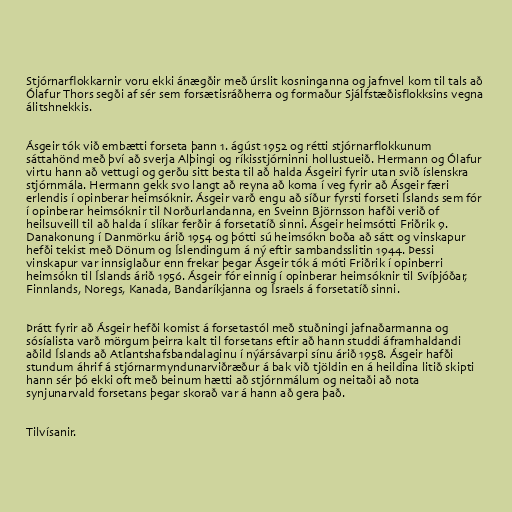
Stjórnarflokkarnir voru ekki ánægðir með úrslit kosninganna og jafnvel kom til tals að
Ólafur Thors segði af sér sem forsætisráðherra og formaður Sjálfstæðisflokksins vegna
álitshnekkis.

Ásgeir tók við embætti forseta þann 1. ágúst 1952 og rétti stjórnarflokkunum
sáttahönd með því að sverja Alþingi og ríkisstjórninni hollustueið. Hermann og Ólafur
virtu hann að vettugi og gerðu sitt besta til að halda Ásgeiri fyrir utan svið íslenskra
stjórnmála. Hermann gekk svo langt að reyna að koma í veg fyrir að Ásgeir færi
erlendis í opinberar heimsóknir. Ásgeir varð engu að síður fyrsti forseti Íslands sem fór
í opinberar heimsóknir til Norðurlandanna, en Sveinn Björnsson hafði verið of
heilsuveill til að halda í slíkar ferðir á forsetatíð sinni. Ásgeir heimsótti Friðrik 9.
Danakonung í Danmörku árið 1954 og þótti sú heimsókn boða að sátt og vinskapur
hefði tekist með Dönum og Íslendingum á ný eftir sambandsslitin 1944. Þessi
vinskapur var innsiglaður enn frekar þegar Ásgeir tók á móti Friðrik í opinberri
heimsókn til Íslands árið 1956. Ásgeir fór einnig í opinberar heimsóknir til Svíþjóðar,
Finnlands, Noregs, Kanada, Bandaríkjanna og Ísraels á forsetatíð sinni.

Þrátt fyrir að Ásgeir hefði komist á forsetastól með stuðningi jafnaðarmanna og
sósíalista varð mörgum þeirra kalt til forsetans eftir að hann studdi áframhaldandi
aðild Íslands að Atlantshafsbandalaginu í nýársávarpi sínu árið 1958. Ásgeir hafði
stundum áhrif á stjórnarmyndunarviðræður á bak við tjöldin en á heildina litið skipti
hann sér þó ekki oft með beinum hætti að stjórnmálum og neitaði að nota
synjunarvald forsetans þegar skorað var á hann að gera það.

Tilvísanir.